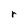
Character: r